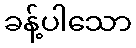
ခန့်ပါသော